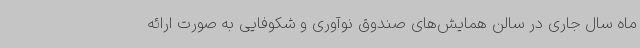
ماه سال جاری در سالن همایش‌های صندوق نوآوری و شکوفایی به صورت ارائه